Report of the Municipal Commissioner on the plague in Bombay for the year ending 31st May... - Volume 3
Disease focus: Plague
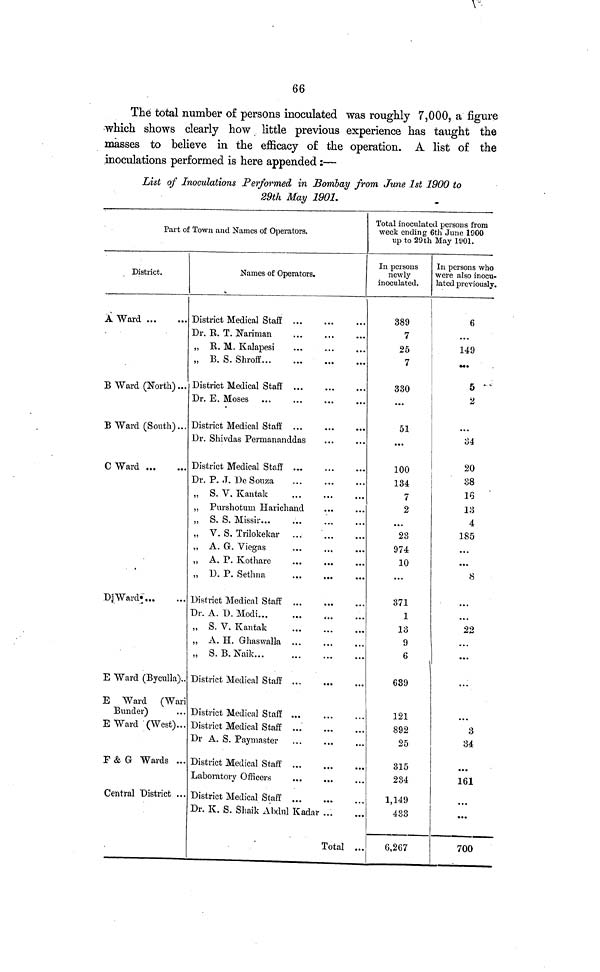
66
The total number of persons inoculated was roughly 7,000, a figure
which shows clearly how little previous experience has taught the
masses to believe in the efficacy of the operation. A list of the
inoculations performed is here appended :—
List of Inoculations Performed in Bombay from June 1st 1900 to
29th May 1901.
Part of Town and Names of Operators.
District.
A Ward
B Ward (North)...
B Ward (South)...
C Ward
D Ward
E Ward (Byculla)..
E Ward (Wari
Bunder)
E Ward (West)..
F & G Wards ..
Central District ..
Names of Operators.
District Medical Staff ...
Dr. R. T. Nariman
„ R. M. Kalapesi
„ B. S. Shroff
District Medical Staff ...
Dr. E. Moses
District Medical Staff
Dr. Shivdas Permananddas
District Medical Staff
Dr. P. ,T. De Souza
„ S. V. Kantak
„ Purshotum Harichand
„ S. S. Missir
„ V. S. Trilokekar
„ A. G. Viegas
„ A. P. Kothare
„ D. P. Sethna
District Medical Staff
Dr. A. D. Modi
„ S. V. Kantak
,, A. H. Ghaswalla
„ S. B. Naik
District Medical Staff ...
District Medical Staff
District Medical Staff
Dr A. S. Paymaster
District Medical Staff
Laboratory Officers
District Medical Staff
Dr. K. S. Shaik Abdul Kadar
Total ..
Total inoculated persons from
week ending 6th June 1900
up to 29th May 1901.
In persons
newly-
inoculated.
389
7
25
7
330
...
51
...
100
134
7
2
• • •
23
974
10
...
371
1
13
9
6
639
121
892
25
315
234
1,149
433
6,267
In persons who
were also inocu-
lated previously.
6
...
149
...
5
2
...
34
20
38
16
13
4
185
...
...
8
...
22
...
...
...
3
34
161
...
700